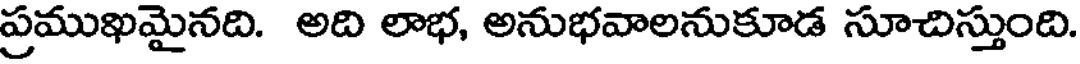
ప్రముఖమైనది. అది లాభ, అనుభవాలనుకూడ సూచిస్తుంది.